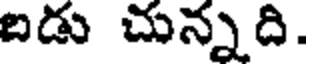
బడు చున్నది.